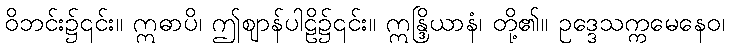
ဝိဘင်း၌၎င်း။ ဣဓာပိ၊ ဤဈာန်ပါဠိ၌၎င်း။ ဣန္ဒြိယာနံ၊ တို့၏။ ဥဒ္ဒေသက္ကမေနေဝ၊